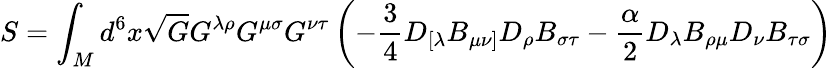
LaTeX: S=\int_{M}d^{6}x\sqrt{G}G^{\lambda\rho}G^{\mu\sigma}G^{\nu\tau}\left(-\frac{3}{4}D_{[\lambda}B_{\mu\nu]}D_{\rho}B_{\sigma\tau}-\frac{\alpha}{2}D_{\lambda}B_{\rho\mu}D_{\nu}B_{\tau\sigma}\right)